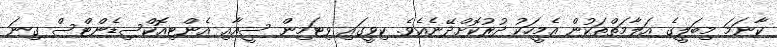
ކާނަމަ މިބަލީގެ އަލާމަތްތަކުން އެމީހަކު ދުރުކޮށްދޭނެއެވެ. ކިވީގައި ވިޓަމިން ސީއާއި އެންޓިއޮކްސިޑެންޓްސް ގިނަ